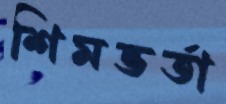
শিমভর্তা